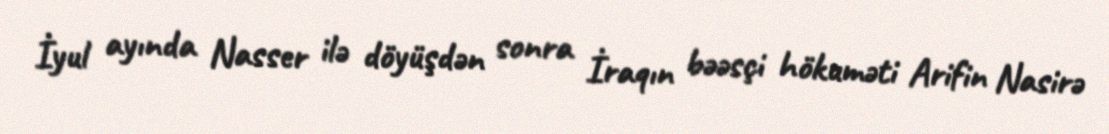
İyul ayında Nasser ilə döyüşdən sonra İraqın bəəsçi hökuməti Arifin Nasirə